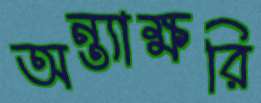
অন্ত্যাক্ষরি